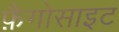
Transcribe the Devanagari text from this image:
फ़ैगोसाइट